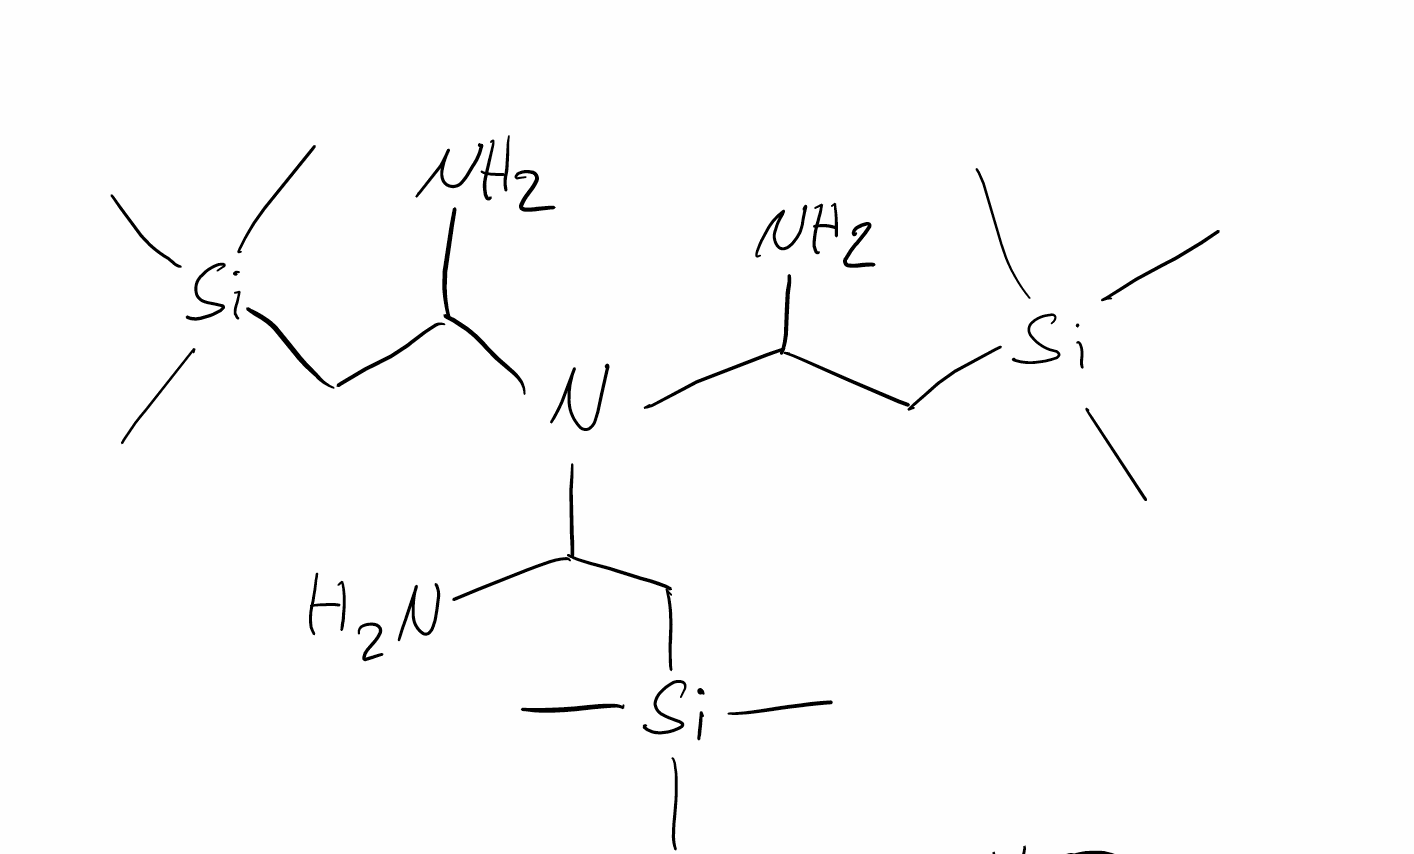
Simplified molecular-input line-entry system (SMILES) notation of the given molecule:
C[Si](C)(C)CC(N)N(C(C[Si](C)(C)C)N)C(C[Si](C)(C)C)N